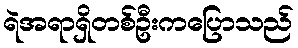
ရဲအရာရှိတစ်ဦးကပြောသည်